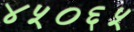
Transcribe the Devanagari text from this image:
४५०६५